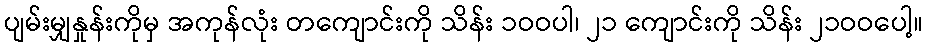
ပျမ်းမျှနှုန်းကိုမှ အကုန်လုံး တကျောင်းကို သိန်း ၁ဝဝပါ၊ ၂၁ ကျောင်းကို သိန်း ၂၁ဝဝပေါ့။